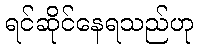
ရင်ဆိုင်နေရသည်ဟု